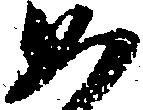
如